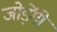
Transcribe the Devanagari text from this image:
जोड़ेंगी